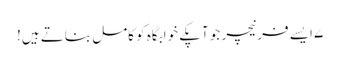
۷ ایسے فرنیچر جو آپکے خوابگاہ کو کامل بناتے ہیں!